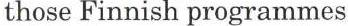
those Finnish programmes